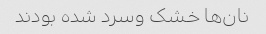
نان‌ها خشک وسرد شده بودند